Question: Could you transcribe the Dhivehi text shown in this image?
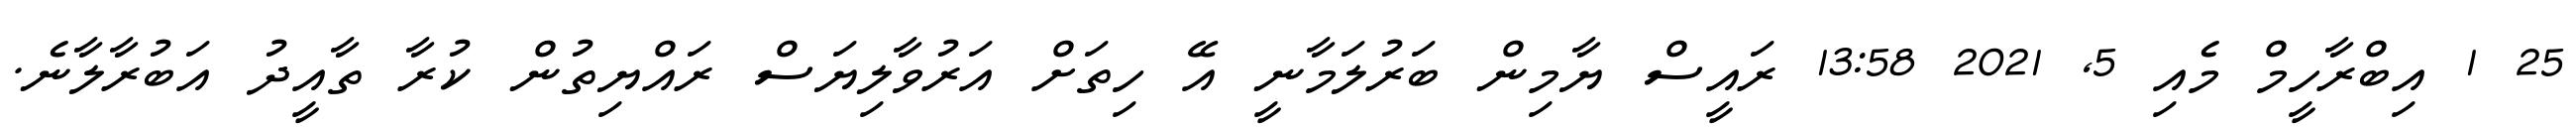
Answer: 25 1 އިބްރާހީމް މެއި 5, 2021 13:58 ރައީސް ޔާމިން ބަރުލަމާނީ އޭ ހިތަށް އަރުވާލިޔަސް ރައްޔިތުން ކުރާ ތާއީދު އަބުރާލާނެ.